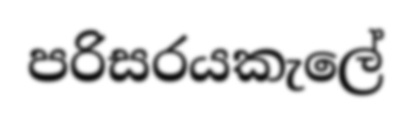
පරිසරයකැලේ